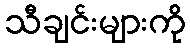
သီချင်းများကို